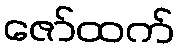
ဇော်ထက်